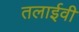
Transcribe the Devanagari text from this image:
तलाईवी